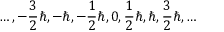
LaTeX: \ldots , - { \frac { 3 } { 2 } } \hbar , - \hbar , - { \frac { 1 } { 2 } } \hbar , 0 , { \frac { 1 } { 2 } } \hbar , \hbar , { \frac { 3 } { 2 } } \hbar , \ldots